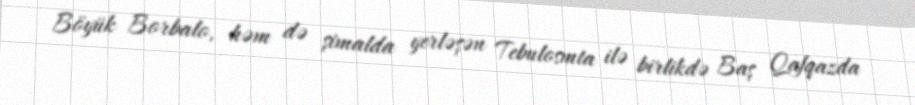
Böyük Borbalo, həm də şimalda yerləşən Tebulosmta ilə birlikdə Baş Qafqazda